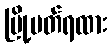
မြို့ပတ်ရထား